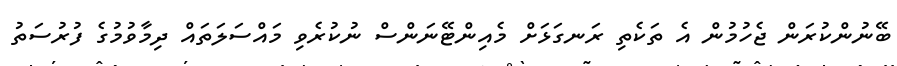
ބޭނުންކުރަން ޖެހުމުން އެ ތަކެތި ރަނގަޅަށް މެއިންޓޭނަންސް ނުކުރެވި މައްސަލަތައް ދިމާވުމުގެ ފުރުސަތު